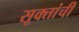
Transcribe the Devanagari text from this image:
सूक्तांची